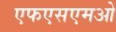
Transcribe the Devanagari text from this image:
एफएसएमओ